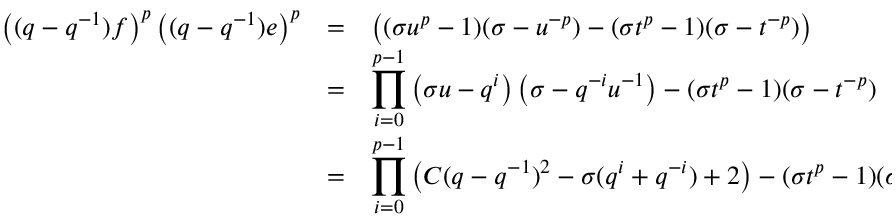
\begin{array} { r c l } { { \left( ( q - q ^ { - 1 } ) f \right) ^ { p } \left( ( q - q ^ { - 1 } ) e \right) ^ { p } } } & { { = } } & { { \left( ( \sigma u ^ { p } - 1 ) ( \sigma - u ^ { - p } ) - ( \sigma t ^ { p } - 1 ) ( \sigma - t ^ { - p } ) \right) } } \\ { { } } & { { = } } & { { \displaystyle \prod _ { i = 0 } ^ { p - 1 } \left( \sigma u - q ^ { i } \right) \left( \sigma - q ^ { - i } u ^ { - 1 } \right) - ( \sigma t ^ { p } - 1 ) ( \sigma - t ^ { - p } ) } } \\ { { } } & { { = } } & { { \displaystyle \prod _ { i = 0 } ^ { p - 1 } \left( C ( q - q ^ { - 1 } ) ^ { 2 } - \sigma ( q ^ { i } + q ^ { - i } ) + 2 \right) - ( \sigma t ^ { p } - 1 ) ( \sigma - t ^ { - p } ) ~ . } } \end{array}